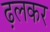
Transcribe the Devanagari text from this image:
ढ़लकर